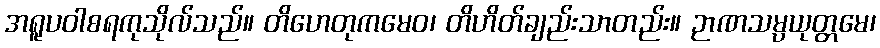
အရူပဝါစရကုသိုလ်သည်။ တိဟေတုကမေဝ၊ တိဟိတ်ချည်းသာတည်း။ ဉာဏသမ္ပယုတ္တမေ၊